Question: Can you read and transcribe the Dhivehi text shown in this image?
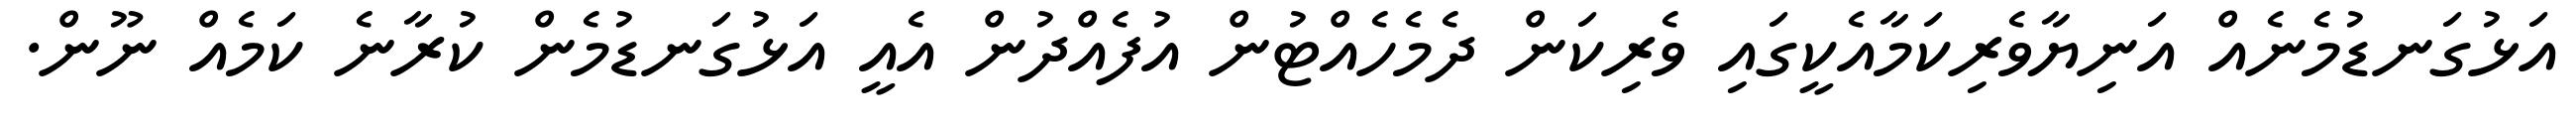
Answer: އަޅުގަނޑުމެނެއް އަނިޔާވެރިކަމާއެކީގައި ވެރިކަން ދެމެހެއްޓުން އުފެއްދުން އެއީ އަޅުގަނޑުމެން ކުރާނެ ކަމެއް ނޫން.